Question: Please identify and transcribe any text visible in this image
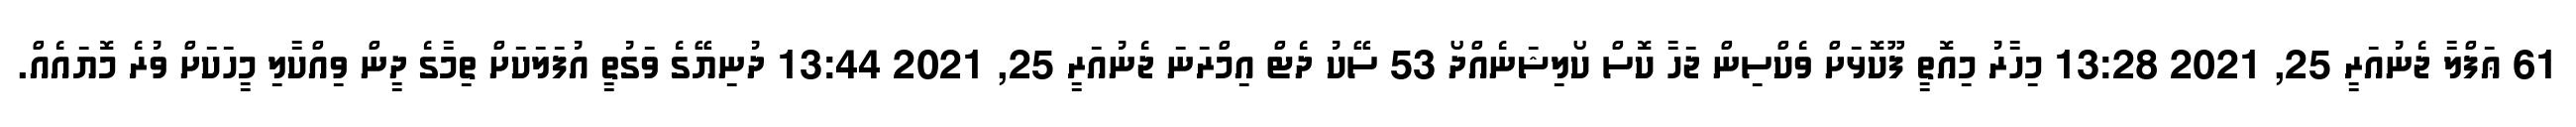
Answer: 61 ޢަފްލާ ޖެނުއަރީ 25, 2021 13:28 މިހާރު މިއޮތީ ފޫކޮޅަށް ވެކްސިން ޖަހާ ކޮސް ކޯލިޝަނެއްދޯ 53 ސޭކު ދެޓް އިމްރަނަ ޖެނުއަރީ 25, 2021 13:44 ދުނިޔޭގެ ވަގުތީ އުފަލަކަށް ތިމާގެ ދީން ވިއްކާލި މީހަކަށް ވުރެ މޮޔައެއް.